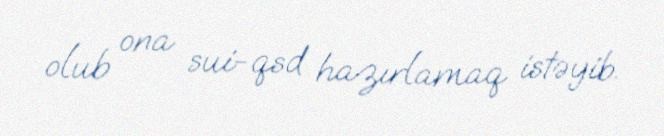
olub ona sui-qsd hazırlamaq istəyib.